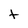
Character: t